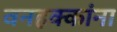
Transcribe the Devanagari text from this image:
वनहक्कांना